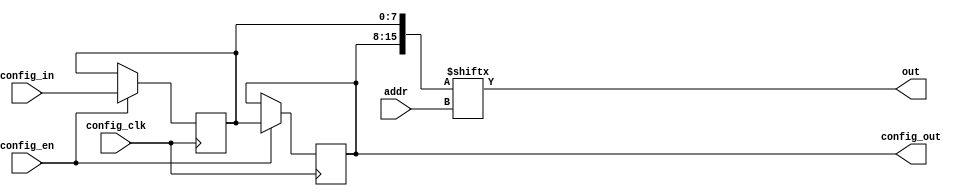
// UC Berkeley CS250
//          Arya Reais-Parsi (aryap@berkeley.edu)


///////// BASIC LUT /////////
// Assumptions:
//  MEM_SIZE is a multiple of CONFIG_WIDTH 

module lut #(
    parameter INPUTS=4, MEM_SIZE=1<<INPUTS, CONFIG_WIDTH=8
) (
    // IO
    input [INPUTS-1:0] addr, 
    output out,

    // Stream Style Configuration
    input config_clk,
    input config_en,
    input [CONFIG_WIDTH-1:0] config_in,
    output [CONFIG_WIDTH-1:0] config_out
);
reg [MEM_SIZE-1:0] mem = 0;
assign out = mem[addr];

// Stream Style Configuration Logic
generate 
    genvar i;
    for (i=1; i<(MEM_SIZE/CONFIG_WIDTH); i=i+1) begin
        always @(posedge config_clk) begin
            if (config_en)
                mem[(i+1)*CONFIG_WIDTH-1:i*CONFIG_WIDTH] <= mem[(i)*CONFIG_WIDTH-1:(i-1)*CONFIG_WIDTH];
        end
    end
    always @(posedge config_clk) begin
        if (config_en) begin
            mem[CONFIG_WIDTH-1:0] <= config_in;
        end
    end
    assign config_out = mem[MEM_SIZE-1:MEM_SIZE-CONFIG_WIDTH];
endgenerate
endmodule